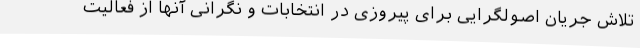
تلاش جریان اصولگرایی برای پیروزی در انتخابات و نگرانی آنها از فعالیت